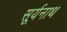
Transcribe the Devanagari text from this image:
सूर्यनाथ